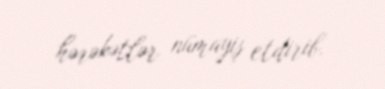
hərəkətlər nümayiş etdirib.